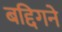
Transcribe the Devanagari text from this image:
बद्दिगने